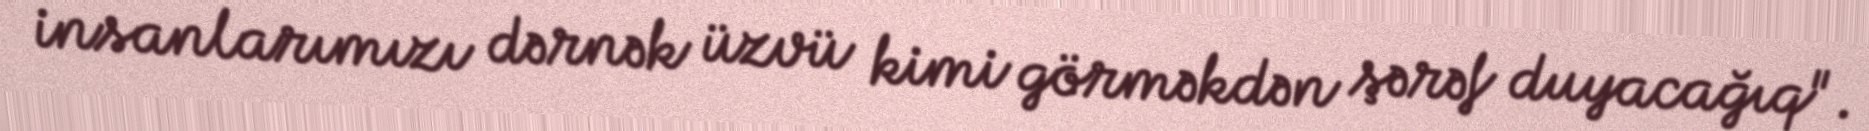
insanlarımızı dərnək üzvü kimi görməkdən şərəf duyacağıq".